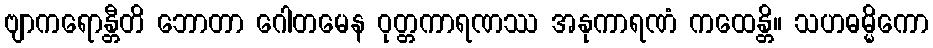
ဗျာကရောန္တီတိ ဘောတာ ဂေါတမေန ဝုတ္တကာရဏဿ အနုကာရဏံ ကထေန္တိ။ သဟဓမ္မိကော